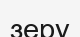
зеру